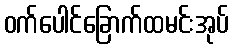
ဝက်ပေါင်ခြောက်ထမင်းအုပ်